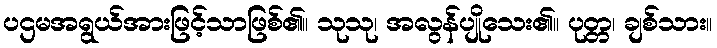
ပဌမအရွယ်အားဖြင့်သာဖြစ်၏။ သုသု၊ အလွန်ပျိုသေး၏။ ပုတ္တ၊ ချစ်သား။